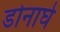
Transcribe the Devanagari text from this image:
डोनाघे